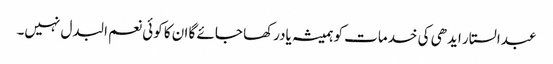
عبدالستار ایدھی کی خدمات کو ہمیشہ یادرکھا جائے گا ان کا کوئی نعم البدل نہیں۔